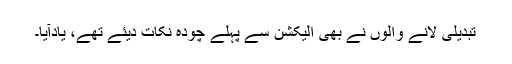
تبدیلی لانے والوں نے بھی الیکشن سے پہلے چودہ نکات دیئے تھے، یادآیا۔